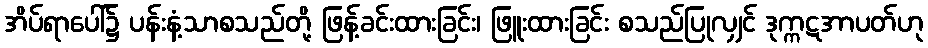
အိပ်ရာပေါ်၌ ပန်းနံ့သာစသည်တို့ ဖြန့်ခင်းထားခြင်း၊ ဖြူးထားခြင်း စသည်ပြုလျှင် ဒုက္ကဋအာပတ်ဟု